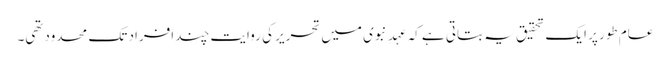
عام طور پر ایک تحقیق یہ بتاتی ہے کہ عہدِ نبوی میں تحریر کی روایت چند افراد تک محدودتھی۔